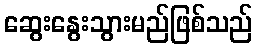
ဆွေးနွေးသွားမည်ဖြစ်သည်